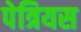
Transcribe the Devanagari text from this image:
पेत्रियस